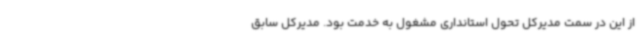
از این در سمت مدیرکل تحول استانداری مشغول به خدمت بود. مدیرکل سابق